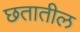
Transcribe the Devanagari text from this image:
छतातील